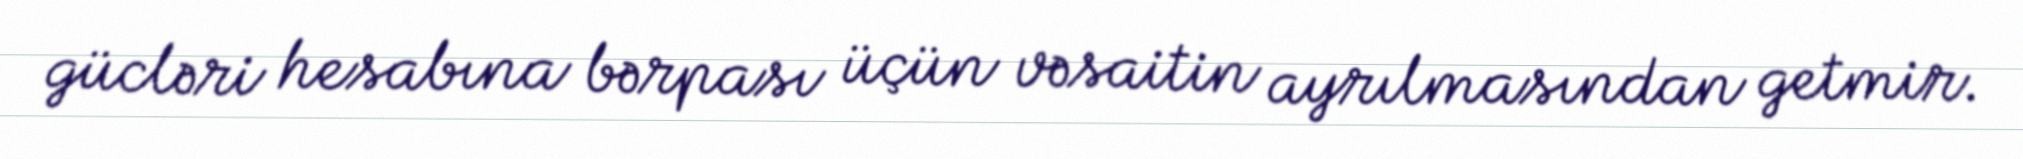
gücləri hesabına bərpası üçün vəsaitin ayrılmasından getmir.